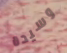
وسيدة